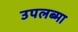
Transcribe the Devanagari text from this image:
उपलब्मा